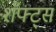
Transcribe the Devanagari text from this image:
शॅफ्ट्स